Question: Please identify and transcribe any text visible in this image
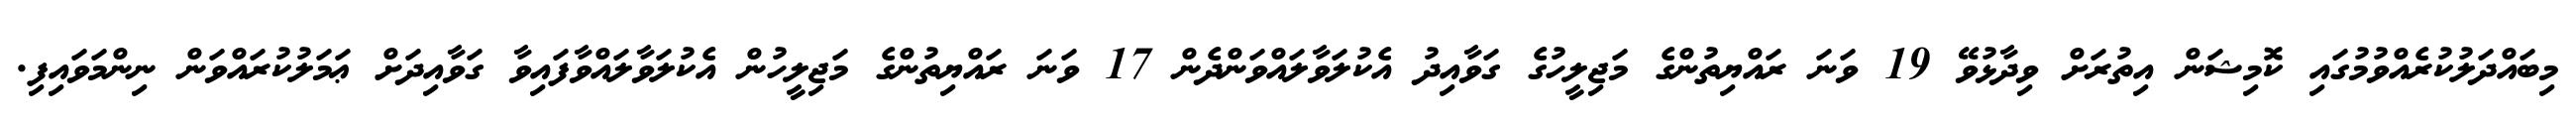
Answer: މިބައްދަލުކުރެއްވުމުގައި ކޮމިޝަން އިތުރަށް ވިދާޅުވޭ 19 ވަނަ ރައްޔިތުންގެ މަޖިލީހުގެ ގަވާއިދު އެކުލަވާލައްވަންދެން 17 ވަނަ ރައްޔިތުންގެ މަޖިލީހުން އެކުލަވާލައްވާފައިވާ ގަވާއިދަށް ޢަމަލުކުރައްވަން ނިންމަވައިފި.